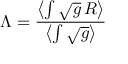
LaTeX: \Lambda = \frac { \left< \int \sqrt { g } \, R \right> } { \left< \int \sqrt { g } \right> }